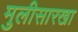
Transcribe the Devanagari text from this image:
मुलीसारखा